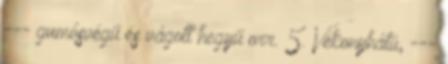
--- gumósvégű és vágott hegyű orr. 5. Vékonyhátú, ---